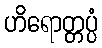
ဟိရောတ္တပ္ပံ